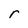
Character: r